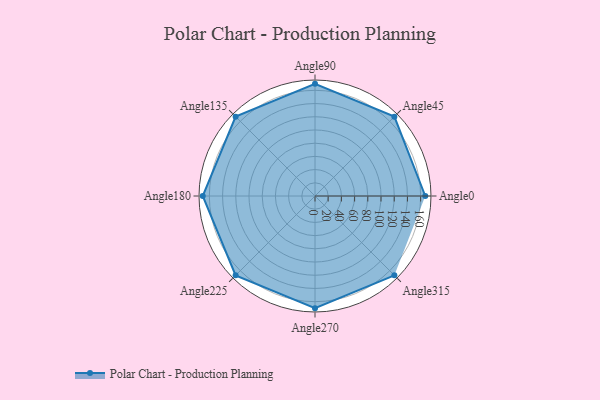
{"axis": {"x": "Angle", "y": "Radius"}, "legend": [""], "data": [{"x": "Angle0", "y": 167.0, "type": ""}, {"x": "Angle45", "y": 170, "type": ""}, {"x": "Angle90", "y": 170, "type": ""}, {"x": "Angle135", "y": 170, "type": ""}, {"x": "Angle180", "y": 170, "type": ""}, {"x": "Angle225", "y": 170, "type": ""}, {"x": "Angle270", "y": 170, "type": ""}, {"x": "Angle315", "y": 170, "type": ""}]}